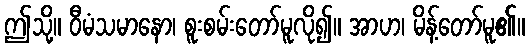
ဤသို့။ ဝီမံသမာနော၊ စူးစမ်းတော်မူလို၍။ အာဟ၊ မိန့်တော်မူ၏။